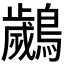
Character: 𮭘